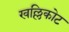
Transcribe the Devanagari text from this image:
खल्लिकोट